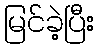
မြင်ခဲ့ပြီး